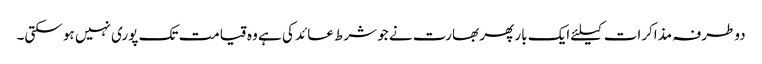
دوطرفہ مذاکرات کیلئے ایک بار پھر بھارت نے جو شرط عائد کی ہے وہ قیامت تک پوری نہیں ہو سکتی۔